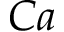
C a